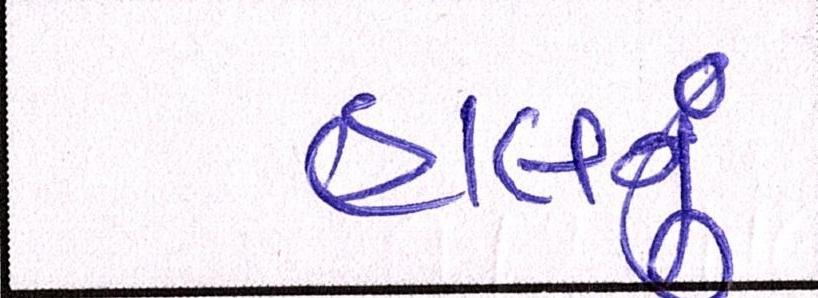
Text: હાલનું